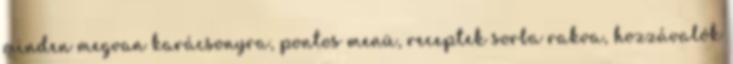
minden megvan karácsonyra, pontos menü, receptek sorba rakva, hozzávalók